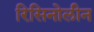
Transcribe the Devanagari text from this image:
रिसिनोलीन